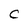
Character: C